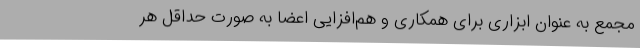
مجمع به عنوان ابزاری برای همکاری و هم‌افزایی اعضا به صورت حداقل هر